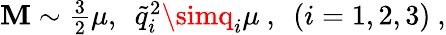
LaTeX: \mathbf{M}\sim\textstyle{\frac{{3}}{{2}}}\mu,\ \ {\tilde{{q}}}_{i}^{2}\simq_{i}\mu\ ,\ \ (i=1,2,3)\ ,